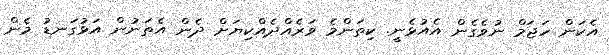
އެކަން ހަޖަމް ނުވެގެން އެއުޅެނީ. ކިތަންމެ ވަރެއްދެއްކިޔަށް ދެން އެތަނުން އަޅުގަނޑު މެން